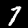
Digit: 7